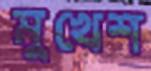
মুখেশ